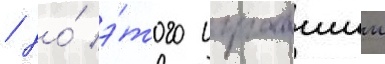
/ до́ э́того игравшии